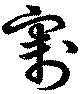
割